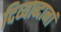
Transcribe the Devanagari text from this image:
दिव्याब्दानां